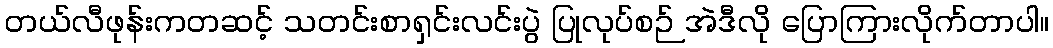
တယ်လီဖုန်းကတဆင့် သတင်းစာရှင်းလင်းပွဲ ပြုလုပ်စဉ် အဲဒီလို ပြောကြားလိုက်တာပါ။